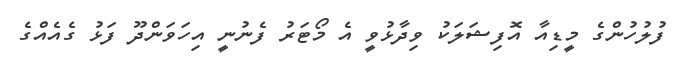
ފުލުހުންގެ މީޑިއާ އޮފިޝަލަކު ވިދާޅުވީ އެ މޯޓަރު ފެނުނީ އިހަވަންދޫ ފަޅު ގެއެއްގެ